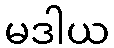
မဒါယ